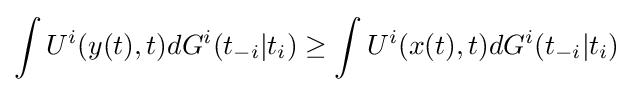
\int U^{i}(y(t),t)dG^{i}(t_{-i}|t_{i})\geq \int U^{i}(x(t),t)dG^{i}(t_{-i}|t_{i})